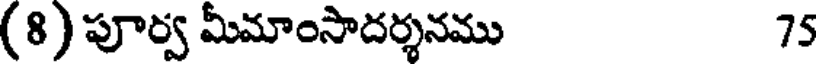
(8) పూర్వ మీమాంసాదర్శనము 75